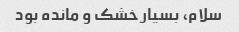
سلام، بسیار خشک و مانده بود